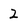
Character: 2